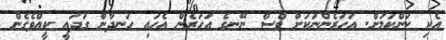
އެކި ކަންކަމަށް. އަހަރެންނަކަށް ވެސް ނޭނގެ އަހަރެން އެހައި ހަނދާން ގަދައީ ކީއްވެގެން